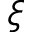
\boldsymbol \xi